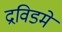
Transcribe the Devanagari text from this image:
द्रविडमे